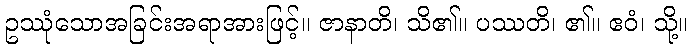
ဥဿုံသောအခြင်းအရာအားဖြင့်။ ဇာနာတိ၊ သိ၏။ ပဿတိ၊ ၏။ ဧဝံ၊ သို့။